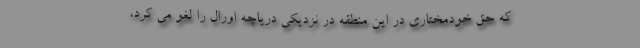
که حق خودمختاری در این منطقه در نزدیکی دریاچه اورال را لغو می کرد،